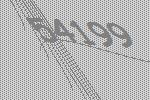
54199